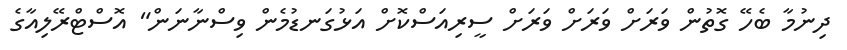
ދިނުމާ ބެހޭ ގޮތުން ވަރަށް ވަރަށް ވަރަށް ސީރިއަސްކޮށް އަޅުގަނޑުމެން ވިސްނާނަން" އޮސްޓްރޭލިއާގެ